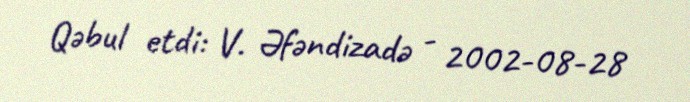
Qəbul etdi: V. Əfəndizadə - 2002-08-28